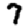
Digit: 7